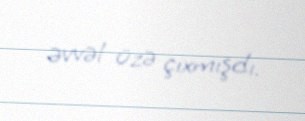
əvvəl üzə çıxmışdı.